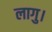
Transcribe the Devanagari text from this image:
लागु।